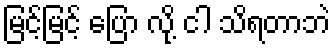
မြင့်မြင့် ပြော လို့ ငါ သိရတာဘဲ